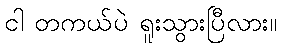
ငါ တကယ်ပဲ ရူးသွားပြီလား။